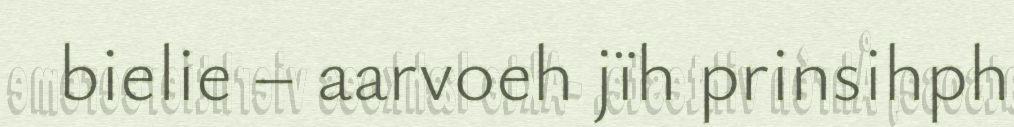
bielie – aarvoeh jïh prinsihph